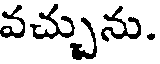
వచ్చును.